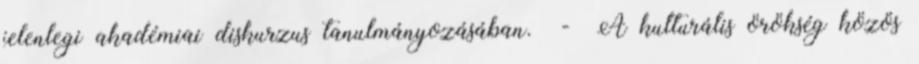
jelenlegi akadémiai diskurzus tanulmányozásában. - A kulturális örökség közös